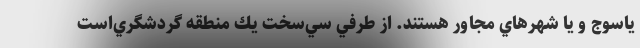
ياسوج و يا شهرهاي مجاور هستند. از طرفي سي‌سخت يك منطقه گردشگري‌است